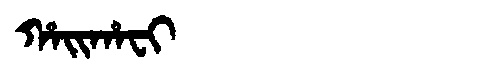
Manchu: ᡥᠠᡳᡥᠠᠸᡳ
Romanization: HAIHAFI